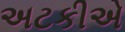
અટકીએ